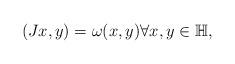
LaTeX: \begin{align*}(Jx,y) = \omega(x,y) \forall x,y\in \mathbb{H},\end{align*}